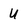
Character: U